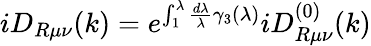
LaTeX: iD_{R\mu\nu}(k)=e^{\int_{1}^{\lambda}\frac{d\lambda}\lambda\gamma_{3}(\lambda)}iD_{R\mu\nu}^{(0)}(k)